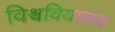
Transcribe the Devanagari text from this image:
विश्ववियालय